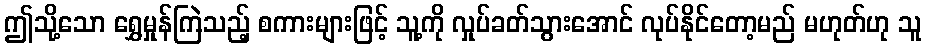
ဤသို့သော ရွှေမှုန်ကြဲသည့် စကားများဖြင့် သူ့ကို လှုပ်ခတ်သွားအောင် လုပ်နိုင်တော့မည် မဟုတ်ဟု သူ